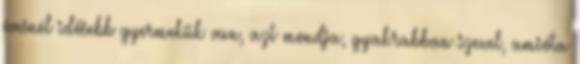
évesnél idősebb gyermekük van, azt mondja, gyakrabban szexel, amióta